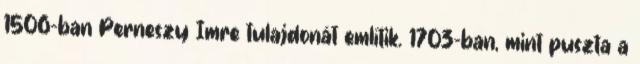
1506-ban Perneszy Imre tulajdonát említik. 1703-ban, mint puszta a